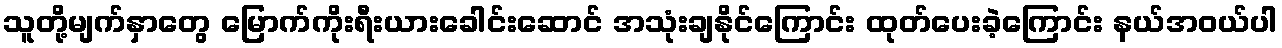
သူတို့မျက်နှာတွေ မြောက်ကိုးရီးယားခေါင်းဆောင် အသုံးချနိုင်ကြောင်း ထုတ်ပေးခဲ့ကြောင်း နယ်အဝယ်ပါ